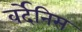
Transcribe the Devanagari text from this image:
वर्देनिस